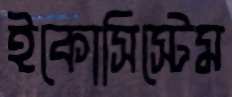
ইকোসিস্টেম